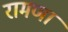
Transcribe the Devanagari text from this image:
रामणा